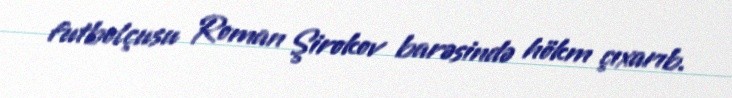
futbolçusu Roman Şirokov barəsində hökm çıxarıb.